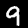
Digit: 9